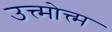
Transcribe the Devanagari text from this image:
उत्त्मोत्त्म